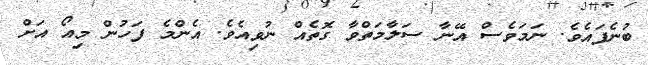
ބުނެފައެވެ. ނަމަވެސް އޭނާ ސަލާމަތްވާ ގޮތެއް ނުވިއެވެ. އެންމެ ފަހުން މިއޯ އަށް